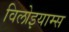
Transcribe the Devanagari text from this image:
विलोइयाम्स